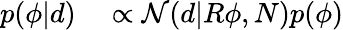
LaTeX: \begin{array}{rl}{p(\phi|d)}&{{}\propto\mathcal{N}(d|R\phi,N)p(\phi)}\end{array}